Civil Veterinary Dept. Bombay admin report 1893-99 - 1893-1899
Year: 1893
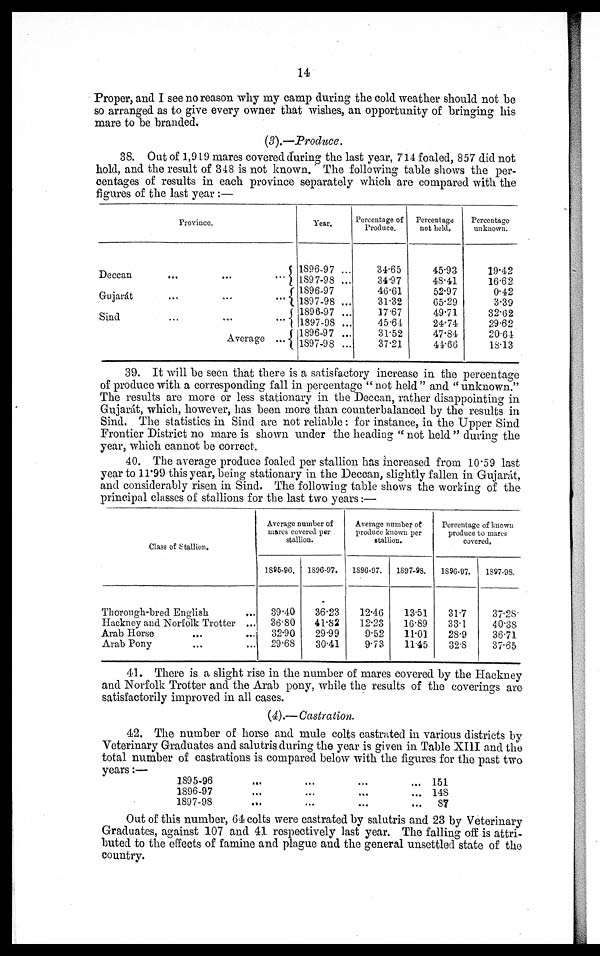
14
Proper, and I see no reason why my camp during the cold weather should not be
so arranged as to give every owner that wishes, an opportunity of bringing his
mare to be branded.
(3).—Produce.
38. Out of 1,919 mares covered during the last year, 714 foaled, 857 did not
hold, and the result of 348 is not known. The following table shows the per-
centages of results in each province separately which are compared with the
figures of the last year :—
Province.
Deccan
...
...
...
Gujarát
...
....
...
Sind ... ... ...
Average ...
Year.
1896-97 ...
1897-98 ...
1896-97
1897-98 ...
1896-97 ...
1897-98 ...
1896-97 ...
1897-98 ...
Percentage of
Produce.
34.65
34.97
46.61
31.32
17.67
45.64
31.52
37.21
Percentage
not held.
45.93
48.41
52.97
65.29
49.71
24.74
47.84
41.66
Percentage
unknown.
19.42
16.62
0.42
3.39
32.62
29.62
20.64
18.13
39. It will be seen that there is a satisfactory increase in the percentage
of produce with a corresponding fall in percentage " not held " and " unknown."
The results are more or less stationary in the Deccan, rather disappointing in
Gujarát, which, however, has been more than counterbalanced by the results in
Sind. The statistics in Sind are not reliable : for instance, in the Upper Sind
Frontier District no mare is shown under the heading "not held" during the
year, which cannot be correct.
40. The average produce foaled per stallion has increased from 10.59 last
year to 11.99 this year, being stationary in the Deccan, slightly fallen in Gujarát,
and considerably risen in Sind. The following table shows the working of the
principal classes of stallions for the last two years:—
Class of Stallion.
Thorough-bred English ...
Hackney and Norfolk Trotter ...
Arab Horse ... ...
Arab Pony ... ...
Average number of
mares covered per
stallion.
1895-96.
39.40
36.80
32.90
29.68
1896.97.
36.23
41.82
29.99
30.41
Average number of
produce known per
stallion.
1896-97.
12.46
12.23
9.52
9.73
1897-98.
13.51
16.89
11.01
11.45
Percentage of known
produce to mares
covered.
1896-97.
31.7
33.1
28.9
32.8
1897-98.
37.28.
40.38
36.71
37.65
41. There is a slight rise in the number of mares covered by the Hackney
and Norfolk Trotter and the Arab pony, while the results of the coverings are
satisfactorily improved in all cases.
(4).—Castration.
42. The number of horse and mule colts castrated in various districts by
Veterinary Graduates and salutris during the year is given in Table XIII and the
total number of castrations is compared below with the figures for the past two
years:—
1895-96... ... ... ...
1896-97... ... ... ...
1897-98... ... ... ...
151
148
87
Out of this number, 64 colts were castrated by salutris and 23 by Veterinary
Graduates, against 107 and 41 respectively last year. The falling off is attri-
buted to the effects of famine and plague and the general unsettled state of the
country.